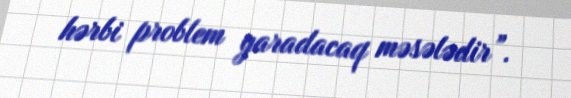
hərbi problem yaradacaq məsələdir”.